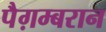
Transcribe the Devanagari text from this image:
पैग़म्बरान